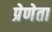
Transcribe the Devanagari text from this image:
प्रेणेता